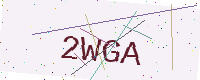
Text: 2WGA